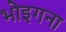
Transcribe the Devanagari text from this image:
भोइगना